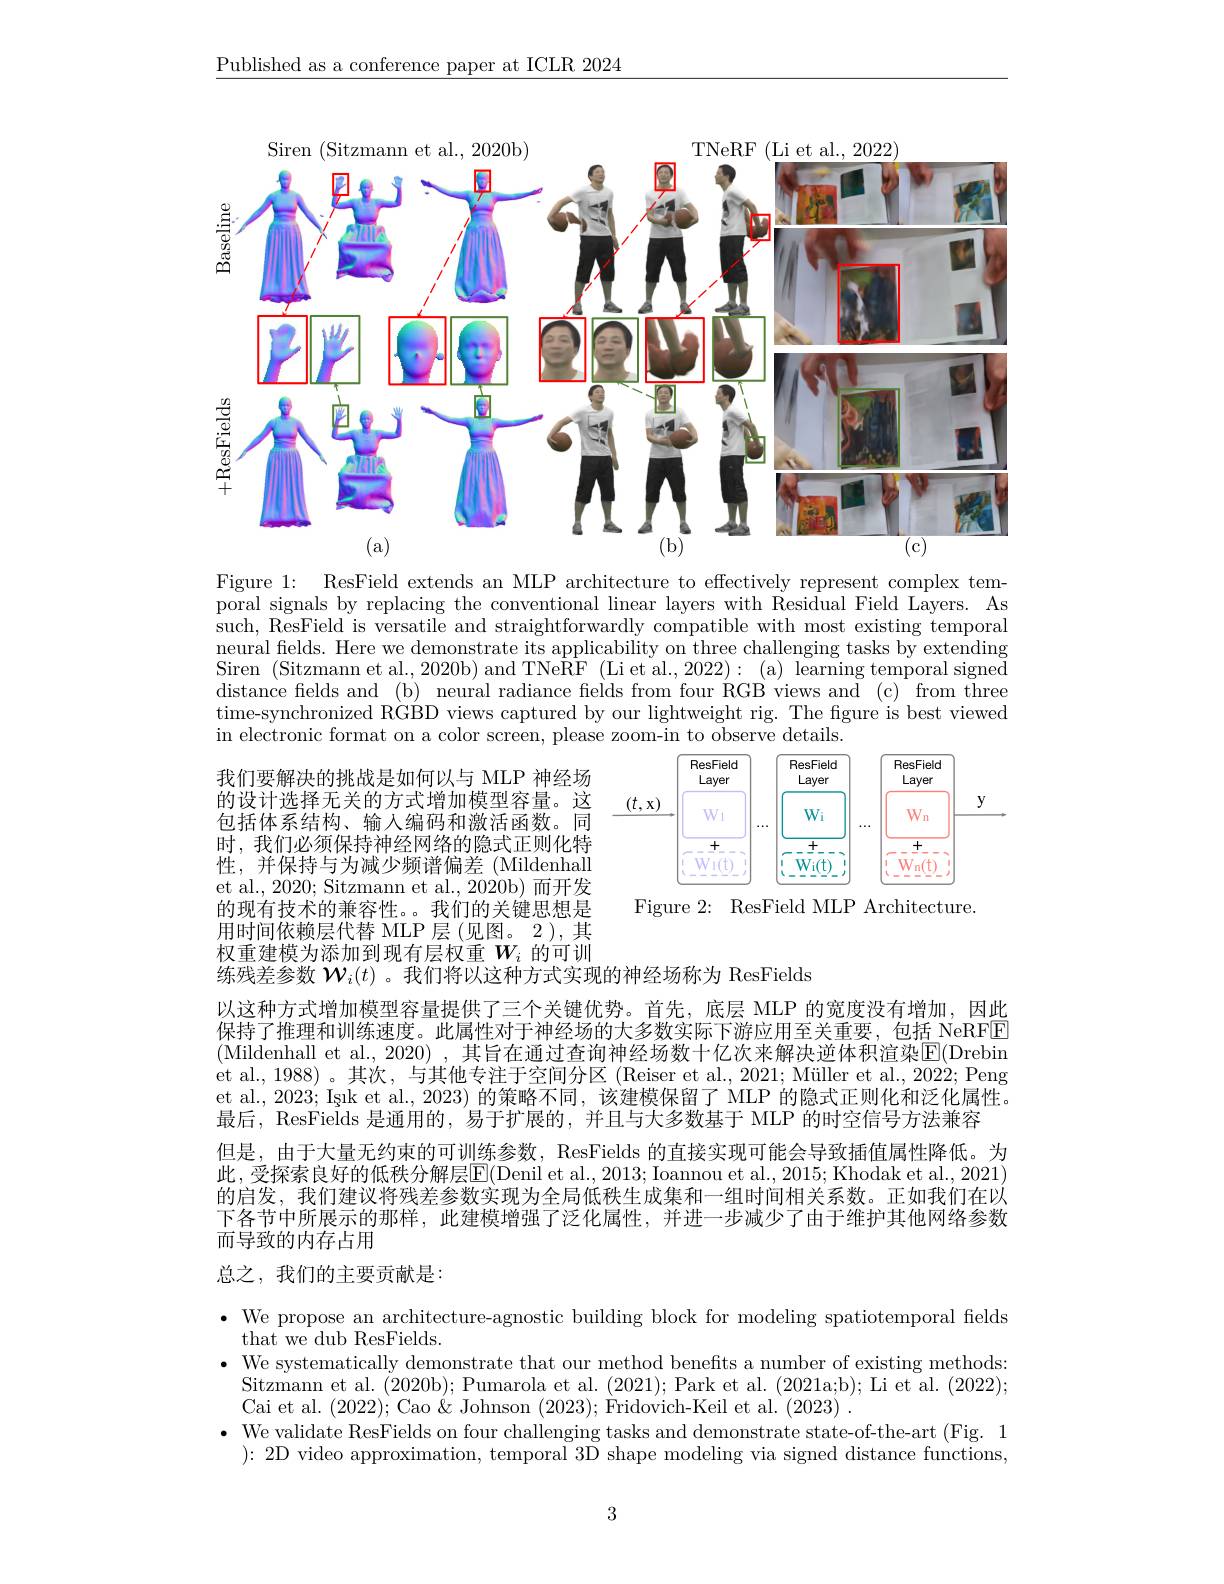
$\underline{\text{Published as a conference paper at ICLR 2024}}$

<FigureHere>

Figure 1: ResField extends an MLP architecture to effectively represent complex tem-

poral signals by replacing the conventional linear layers with Residual Field Layers. As such, ResField is versatile and straightforwardly compatible with most existing temporal neural fields. Here we demonstrate its applicability on three challenging tasks by extending Siren (Sitzmann et al., 2020b) and TNe$\hat{\text{RF}}$ (Li et al., 2022): (a) learning temporal signed distance fields and (b) neural radiance felds from four RGB views and (c) from three time-synchronized RGBD views captured by our lightweight rig. The figure is best viewed in electronic format on a color screen, please zoom-in to observe details.

<FigureHere>
Figure 2: ResField MLP Architecture.

我们要解决的挑战是如何以与 MLP 神经场的设计选择无关的方式增加模型容量。这包括体系结构、输入编码和激活函数。同时，我们必须保持神经网络的隐式正则化特性，并保持与为减少频谱偏差 (Mildenhall et al., 2020; Sitzmann et al., 2020b)而开发的现有技术的兼容性。。我们的关键思想是用时间依赖层代替 MLP 层(见图。2),其权重建模为添加到现有层权重$W_i$的可训练残差参数$\mathcal{W}_i(t)$ 。我们将以这种方式实现的神经场称为 ResFields

以这种方式增加模型容量提供了三个关键优势。首先，底层 MLP 的宽度没有增加，因此保持了推理和训练速度。此属性对于神经场的大多数实际下游应用至关重要，包括 NeRFE (Mildenhall et al., 2020) ,其旨在通过查询神经场数十亿次来解决逆体积渲染$\boxed{\mathrm{E}}($Drebin et al. , 1988) 。其 次 , 与 其 他 专 注 于 空 间 分 区 ( Reiser et al. , 2021; M$\" {u}$ller et al. , 2022; Peng et al., 2023; Ișık et al., 2023) 的策略不同，该建模保留了 MLP 的隐式正则化和泛化属性。最后，ResFields 是通用的，易于扩展的，并且与大多数基于 MLP 的时空信号方法兼容

但是，由于大量无约束的可训练参数，ResFields 的直接实现可能会导致插值属性降低。为此，受探索良好的低秩分解层$\boxed{\mathrm{E}}($Denil et al., 2013; Ioannou et al., 2015; Khodak et al., 2021) 的启发，我们建议将残差参数实现为全局低秩生成集和一组时间相关系数。正如我们在以下各节中所展示的那样，此建模增强了泛化属性，并进一步减少了由于维护其他网络参数而导致的内存占用

# 总之，我们的主要贡献是：

· We propose an architecture-agnostic building block for modeling spatiotemporal felds
that we dub ResFields.
$\bullet$ We systematically demonstrate that our method benefts a number of existing methods:
Sitzmann et al. (2020b);Pumarola et al. (2021); Park et al. (2021a;b); Li et al. (2022);
Cai et al. (2022); Cao $\&$ Johnson (2023); Fridovich- Keil et al.  (2023).
$\bullet$ We validate ResFields on four challenging tasks and demonstrate state-of-the-art (Fig. 1
):2D video approximation, temporal 3$\bar{\text{D shape modeling via signed distance functions}}$,

3